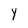
Character: Y